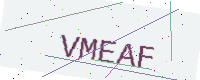
Text: VMEAF